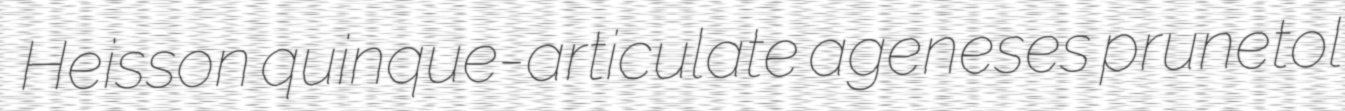
Heisson quinque-articulate ageneses prunetol